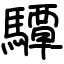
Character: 驔